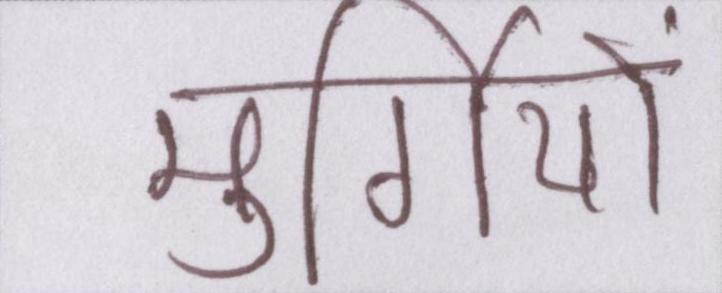
मुर्गियों